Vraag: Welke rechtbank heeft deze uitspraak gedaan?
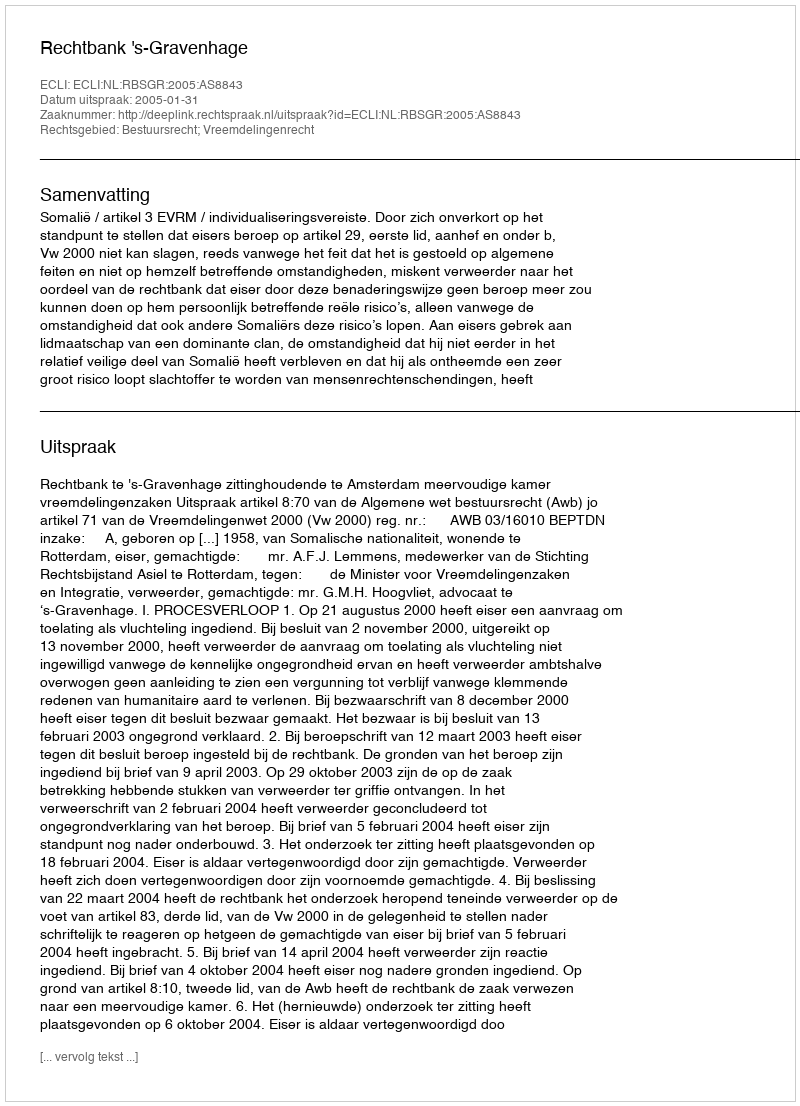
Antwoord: Rechtbank 's-Gravenhage